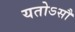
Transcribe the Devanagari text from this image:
यतोऽसौ